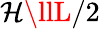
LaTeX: \mathcal{H}\llL/2